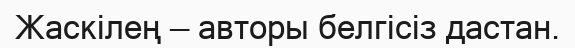
Жаскілең — авторы белгісіз дастан.